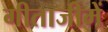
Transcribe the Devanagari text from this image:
गीताजीमें